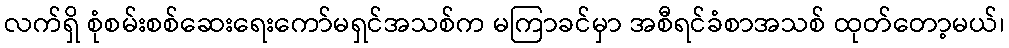
လက်ရှိ စုံစမ်းစစ်ဆေးရေးကော်မရှင်အသစ်က မကြာခင်မှာ အစီရင်ခံစာအသစ် ထုတ်တော့မယ်၊